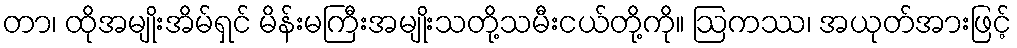
တာ၊ ထိုအမျိုးအိမ်ရှင် မိန်းမကြီးအမျိုးသတို့သမီးငယ်တို့ကို။ ဩကဿ၊ အယုတ်အားဖြင့်